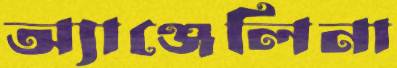
অ্যাঞ্জেলিনা